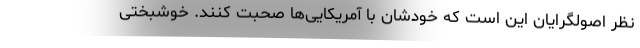
نظر اصولگرایان این است که خودشان با آمریکایی‌ها صحبت کنند. خوشبختی